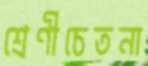
শ্রেণীচেতনা